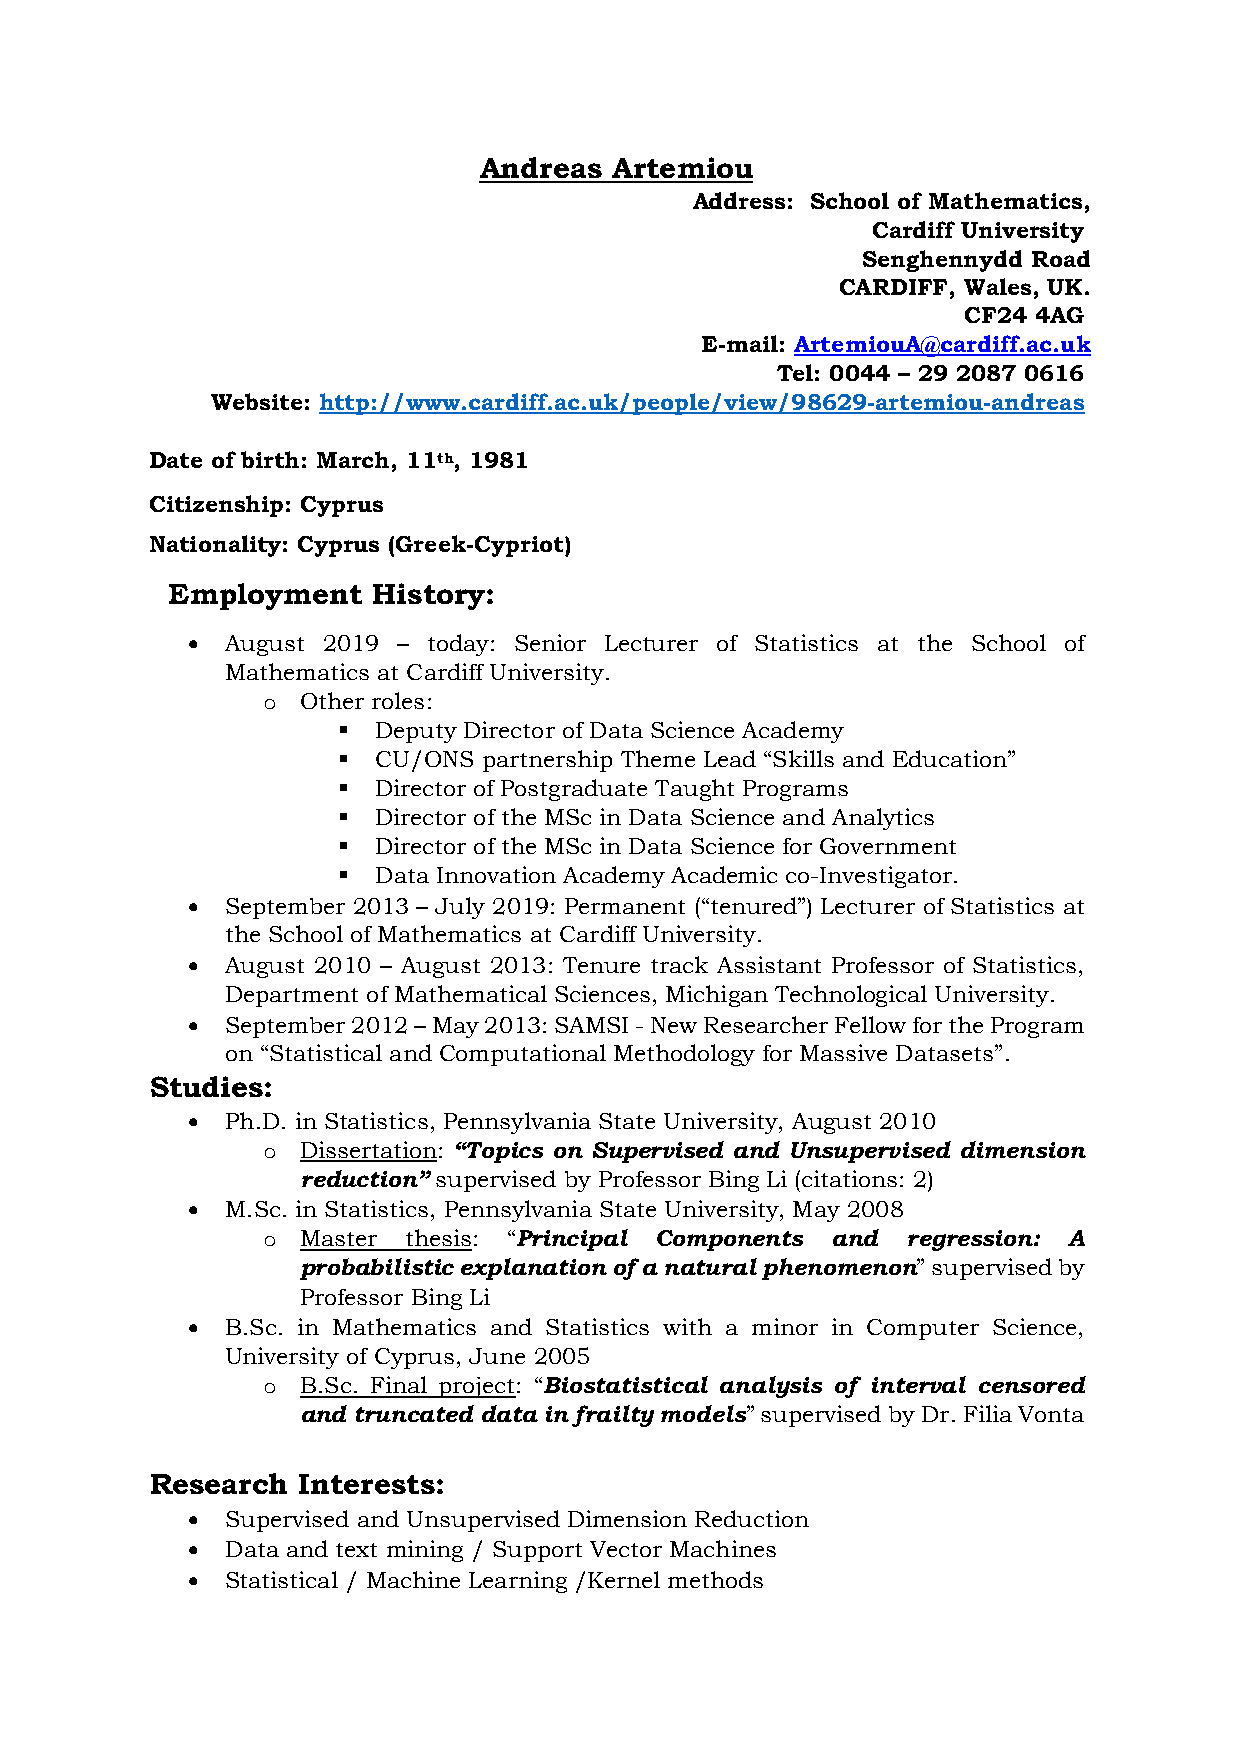
Andreas Artemiou
 Address: School of Mathematics,
 Cardiff University
 Senghennydd Road
 CARDIFF, Wales, UK.
 CF24 4AG
 E-mail: ArtemiouA@cardiff.ac.uk
 Tel: 0044 – 29 2087 0616
 Website: http://www.cardiff.ac.uk/people/view/98629-artemiou-andreas
 Date of birth: March, 11th, 1981
 Citizenship: Cyprus
 Nationality: Cyprus (Greek-Cypriot)
 Employment    History:
   August 2019 – today: Senior Lecturer of Statistics at the School of
 Mathematics at Cardiff University.
 o  Other roles:
   Deputy Director of Data Science Academy
   CU/ONS partnership Theme Lead “Skills and Education”
   Director of Postgraduate Taught Programs
   Director of the MSc in Data Science and Analytics
   Director of the MSc in Data Science for Government
   Data Innovation Academy Academic co-Investigator.
   September 2013 – July 2019: Permanent (“tenured”) Lecturer of Statistics at
 the School of Mathematics at Cardiff University.
   August 2010 – August 2013: Tenure track Assistant Professor of Statistics,
 Department of Mathematical Sciences, Michigan Technological University.
   September 2012 – May 2013: SAMSI - New Researcher Fellow for the Program
 on “Statistical and Computational Methodology for Massive Datasets”.
 Studies:
   Ph.D. in Statistics, Pennsylvania State University, August 2010
 o  Dissertation: “Topics on Supervised and Unsupervised dimension
 reduction” supervised by Professor Bing Li (citations: 2)
   M.Sc. in Statistics, Pennsylvania State University, May 2008
 o  Master thesis: “Principal Components and regression: A
 probabilistic explanation of a natural phenomenon” supervised by
 Professor Bing Li
   B.Sc. in Mathematics and Statistics with a minor in Computer Science,
 University of Cyprus, June 2005
 o  B.Sc. Final project: “Biostatistical analysis of interval censored
 and truncated data in frailty models” supervised by Dr. Filia Vonta
 Research  Interests:
   Supervised and Unsupervised Dimension Reduction
   Data and text mining / Support Vector Machines
   Statistical / Machine Learning /Kernel methods